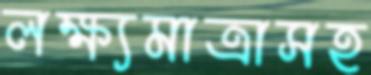
লক্ষ্যমাত্রাসহ